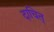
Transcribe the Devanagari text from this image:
दाचित्